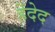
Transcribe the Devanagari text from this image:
हेंदेद